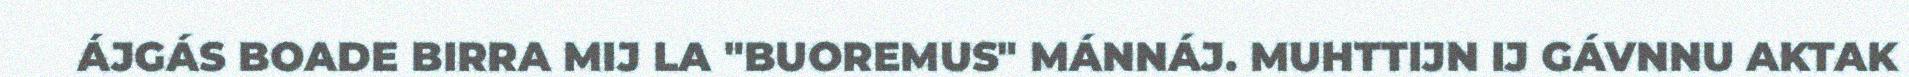
ÁJGÁS BOADE BIRRA MIJ LA "BUOREMUS" MÁNNÁJ. MUHTTIJN IJ GÁVNNU AKTAK